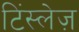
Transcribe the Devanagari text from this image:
टिंस्लेज़